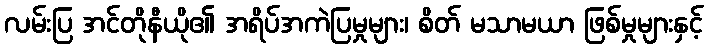
လမ်းပြ အင်တိုနီယို၏ အရိပ်အကဲပြမှုများ၊ စိတ် မသာမယာ ဖြစ်မှုများနှင့်